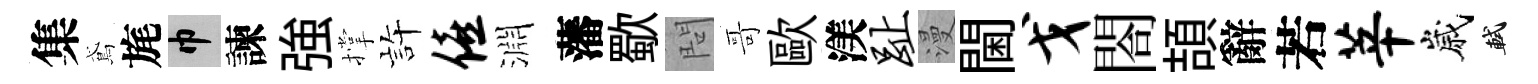
集鳶旄巾諫強撑静僖淵藩歜問哥歐渼趾漫閫戈閤頡辭若莘嵗軾